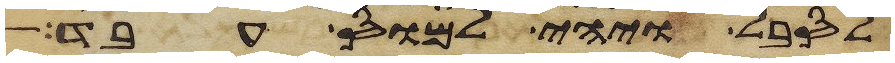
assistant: לסבל ויהי למוס עבד